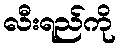
လီးရည်ကို